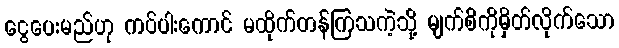
ငွေပေးမည်ဟု ကပ်ပါးကောင် မထိုက်တန်ကြသကဲ့သို့ မျက်စိကိုမှိတ်လိုက်သော